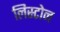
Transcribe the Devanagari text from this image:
लिस्टोन